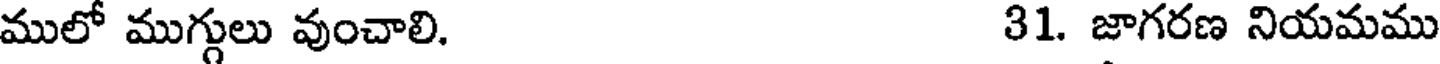
ములో ముగ్గులు వుంచాలి. 31. జాగరణ నియమము